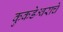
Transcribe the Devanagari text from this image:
कुकडेश्वराचे